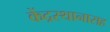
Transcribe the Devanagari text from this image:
केंद्रस्थानासह